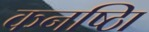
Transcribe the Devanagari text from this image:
कनष्ठाि